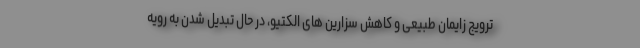
ترویج زایمان طبیعی و کاهش سزارین های الکتیو، در حال تبدیل شدن به رویه